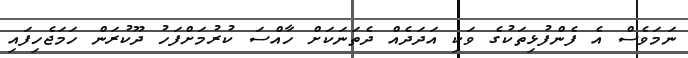
ނަމަވެސް އެ ފެންފުޅިތަކުގެ ވަކި އަދަދެއް ދެތަނަކަށް ހާއްސަ ކުރުމަށްފަހު ދޫކުރަން ހަމަޖެހިފައި